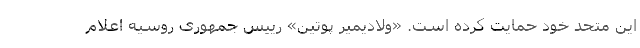
این متحد خود حمایت کرده است. «ولادیمیر پوتین» رییس جمهوری روسیه اعلام